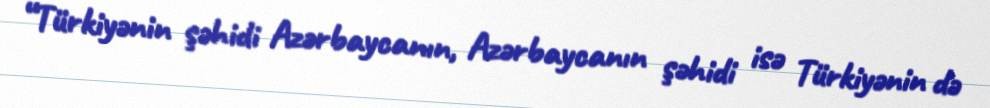
“Türkiyənin şəhidi Azərbaycanın, Azərbaycanın şəhidi isə Türkiyənin də